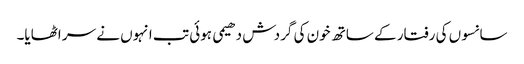
سانسوں کی رفتار کے ساتھ خون کی گردش دھیمی ہوئی تب انہوں نے سر اٹھایا۔